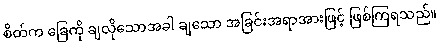
စိတ်က ခြေကို ချလိုသောအခါ ချသော အခြင်းအရာအားဖြင့် ဖြစ်ကြရသည်။